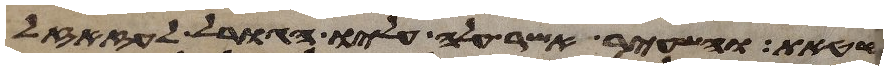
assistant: חטאת והשעיר אשר עלה עליו הגורל לעזזאל